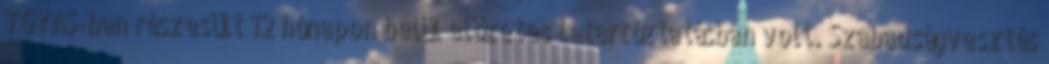
TGYÁS-ban részesült 12 hónapon belül előzetes letartóztatásban volt. Szabadságvesztés